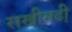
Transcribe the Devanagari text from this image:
राखीगढी़